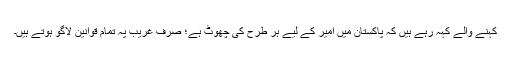
کہنے والے کہہ رہے ہیں کہ پاکستان میں امیر کے لیے ہر طرح کی چھوٹ ہے؛ صرف غریب پہ تمام قوانین لاگو ہوتے ہیں۔